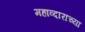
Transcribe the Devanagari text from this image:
महाव्दाराच्या